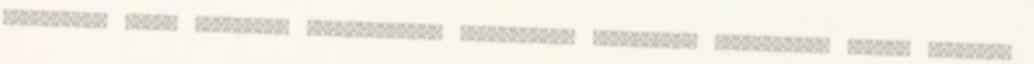
kivitelező cégek ajánlása, felsőoktatási kapcsolatok kiépítése, szakiskolai egyedi képzések